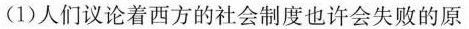
(1)人们议论着西方的社会制度也许会失败的原